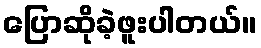
ပြောဆိုခဲ့ဖူးပါတယ်။